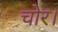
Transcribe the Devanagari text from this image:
चोर।